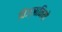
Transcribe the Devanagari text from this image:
विज्ञानियो